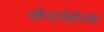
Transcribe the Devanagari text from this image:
सौन्दर्यबोधक